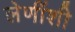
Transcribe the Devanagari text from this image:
लेणींशी